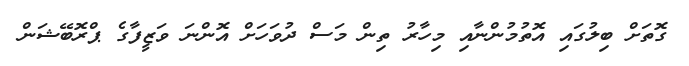
ގޮތަށް ބިލުގައި އޮތުމުންނާއި މިހާރު ތިން މަސް ދުވަހަށް އޮންނަ ވަޒީފާގެ ޕްރޮބޭޝަން